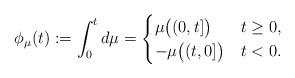
LaTeX: \begin{align*} \phi_\mu(t) := \int_0^t d\mu = \begin{cases} \mu\bigl((0,t]\bigr) & t\ge0, \\ -\mu\bigl((t,0]\bigr) & t<0. \end{cases}\end{align*}